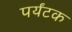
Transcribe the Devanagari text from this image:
पर्यंटक